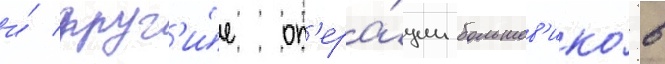
и́ друг'и́е оп'ера́ции большев'ико́в